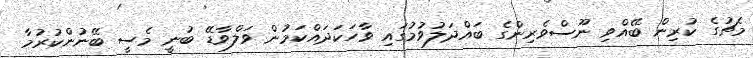
މެޗުގެ ކުރިން ބޭއްވި ނޫސްވެރިންގެ ބައްދަލުވުމުގައި ވާހަކަދައްކަމުން ވަލްވާޑޭ ބުނީ މެސީ ބޭނުންކުރުމާ